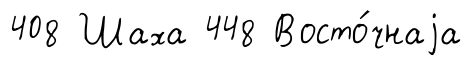
408 Шаха 448 Восто́чнаjа